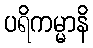
ပရိကမ္မာနိ